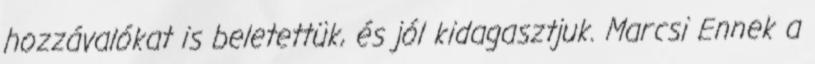
hozzávalókat is beletettük, és jól kidagasztjuk. Marcsi Ennek a